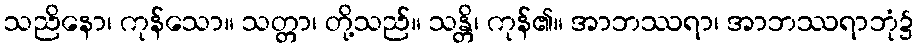
သညိနော၊ ကုန်သော။ သတ္တာ၊ တို့သည်။ သန္တိ၊ ကုန်၏။ အာဘဿရာ၊ အာဘဿရာဘုံ၌